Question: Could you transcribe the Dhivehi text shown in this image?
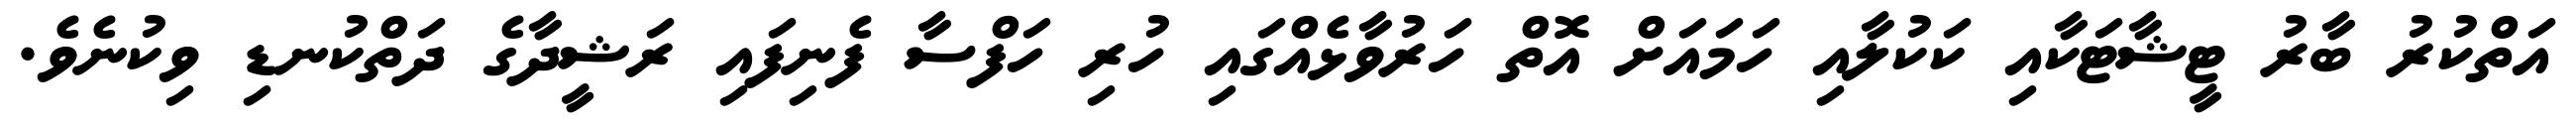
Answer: އަތްކުރު ބާރު ޓީޝާޓަކާއި ކަކުލާއި ހަމައަށް އޮތް ހަރުވާޅެއްގައި ހުރި ހަފްސާ ފެނިފައި ރަޝީދާގެ ދަތްކުނޑި ވިކުނެވެ.